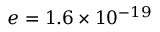
e = 1 . 6 \times 1 0 ^ { - 1 9 }